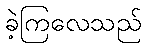
ခဲ့ကြလေသည်